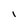
Character: I